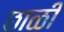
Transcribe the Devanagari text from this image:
छाळी